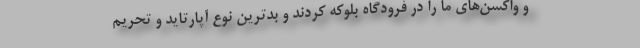
و واکسن‌های ما را در فرودگاه بلوکه کردند و بدترین نوع آپارتاید و تحریم